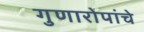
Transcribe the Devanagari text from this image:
गुणारोपांचे